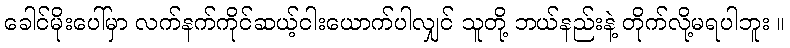
ခေါင်မိုးပေါ်မှာ လက်နက်ကိုင်ဆယ့်ငါးယောက်ပါလျှင် သူတို့ ဘယ်နည်းနဲ့ တိုက်လို့မရပါဘူး ။